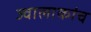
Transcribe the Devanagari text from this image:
ज्वालाकांच